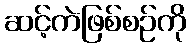
ဆင့်ကဲဖြစ်စဉ်ကို